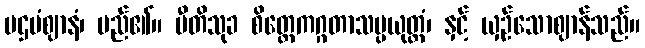
ပဌမံဈာနံ၊ မည်၏။ ပီတိသုခ စိတ္တေကဂ္ဂတာသမ္ပယုတ္တံ၊ နှင့် ယှဉ်သောဈာန်သည်။